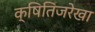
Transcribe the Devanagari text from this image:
क्षितिजरेखा